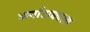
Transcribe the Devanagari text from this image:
कर्नाटाकाला